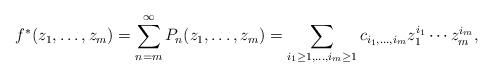
LaTeX: \begin{align*} f^*(z_1,\ldots,z_{m})=\sum_{n=m}^{\infty}P_n(z_1,\ldots,z_{m})=\sum_{i_1\geq1,\ldots,i_m\geq1}c_{i_1,\ldots,i_m}z_1^{i_1}\cdots z_m^{i_m}, \end{align*}